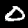
Digit: 0